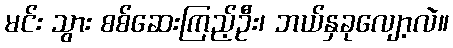
မင်း သွား စစ်ဆေးကြည့်ဦး၊ ဘယ်နှခုလျော့လဲ။